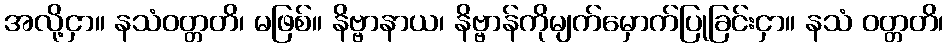
အလို့ငှာ။ နသံဝတ္တတိ၊ မဖြစ်။ နိဗ္ဗာနာယ၊ နိဗ္ဗာန်ကိုမျက်မှောက်ပြုခြင်းငှာ။ နသံ ဝတ္တတိ၊